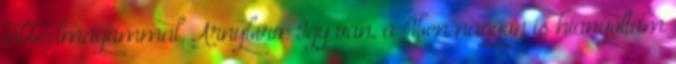
többedmagammal. Arnybiro: Igy van, a 4ben nagyon is hianyoltam